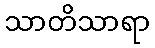
သာတိသာရာ